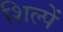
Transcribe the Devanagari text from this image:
शिल्पें